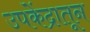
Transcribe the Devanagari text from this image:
उपकेंद्रातून